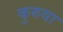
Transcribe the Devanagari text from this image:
कुरुवा